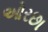
ઓરછા